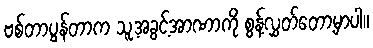
ဗစ်တာပွန်တာက သူ့အခွင့်အာဏာကို စွန့်လွှတ်တော့မှာပါ။